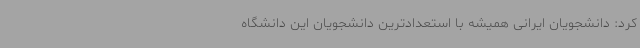
کرد: دانشجویان ایرانی همیشه با استعدادترین دانشجویان این دانشگاه